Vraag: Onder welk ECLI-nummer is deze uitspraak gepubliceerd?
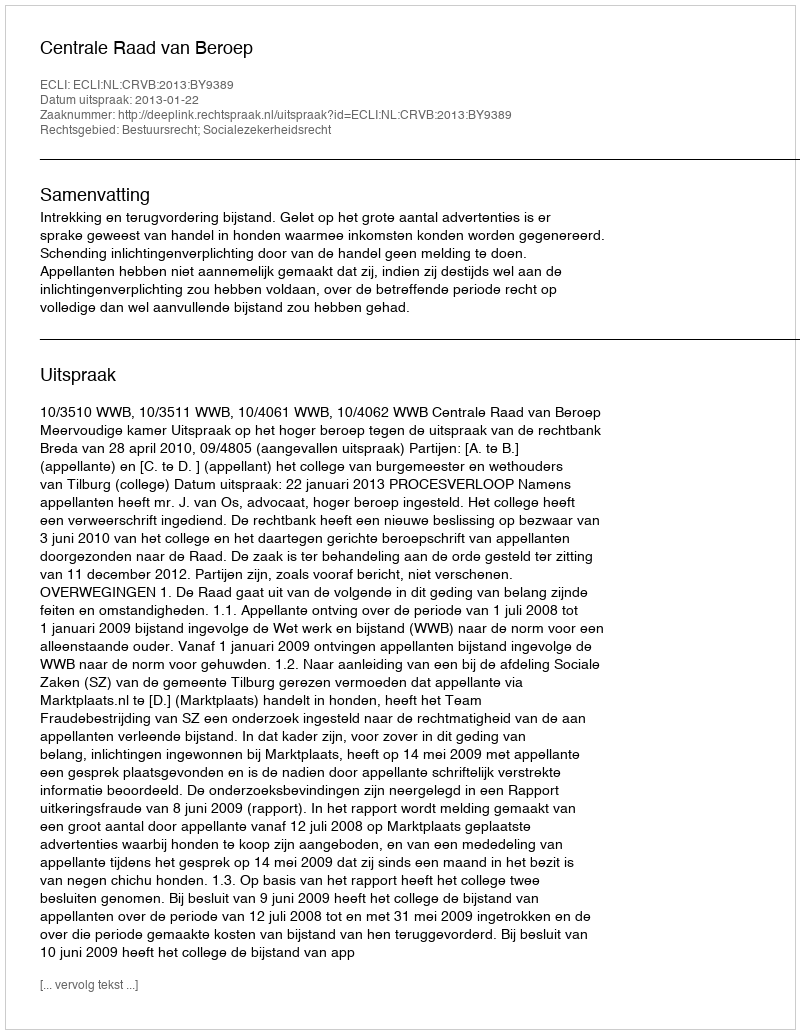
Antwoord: ECLI:NL:CRVB:2013:BY9389